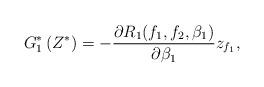
LaTeX: \begin{align*}G^*_1\left(Z^*\right)=-\dfrac{\partial R_1(f_1,f_2,\beta_1)}{\partial \beta_1}z_{f_1},\end{align*}